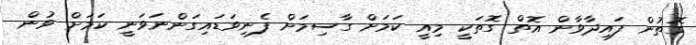
ގޮތުން ފައިދާވާން އޮތް ގޮތަކީ މިއީ ކަމަށް ގާސިމަށް ފެނިވަޑައިގަންނަވަނީ ކަމަށް ވުން